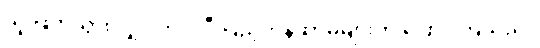
သူ ဖြတ်သွားလျှင် ကပ္ပလီ ပြည့်တန်ဆာမများက ပြောင်ကြသည်။